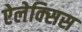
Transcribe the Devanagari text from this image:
ऐलेक्‍सिस